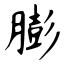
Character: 膨